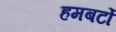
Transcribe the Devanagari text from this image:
हमबर्टो